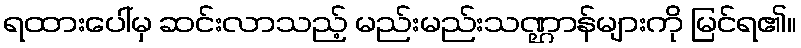
ရထားပေါ်မှ ဆင်းလာသည့် မည်းမည်းသဏ္ဌာန်များကို မြင်ရ၏။